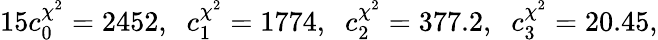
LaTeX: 15c_{0}^{\chi^{2}}=2452,\; \; c_{1}^{\chi^{2}}=1774,\; \; c_{2}^{\chi^{2}}=377.2,\; \; c_{3}^{\chi^{2}}=20.45,